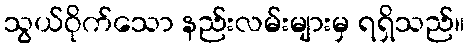
သွယ်ဝိုက်သော နည်းလမ်းများမှ ရရှိသည်။